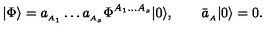
| \Phi \rangle = a _ { _ { A _ { 1 } } } \ldots a _ { _ { A _ { s } } } \Phi ^ { { \scriptstyle A _ { 1 } \ldots A _ { s } } } | 0 \rangle , \qquad \bar { a } _ { _ A } | 0 \rangle = 0 .